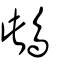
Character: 䳄